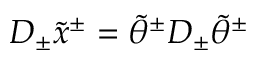
D _ { \pm } \tilde { x } ^ { \pm } = \tilde { \theta } ^ { \pm } D _ { \pm } \tilde { \theta } ^ { \pm }